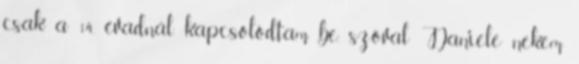
csak a 14. évadnál kapcsolódtam be, szóval Daniele nekem